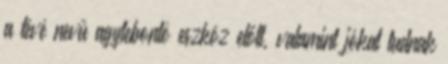
a tévé nevű agylebontó eszköz előtt, valamint jókat tudnak